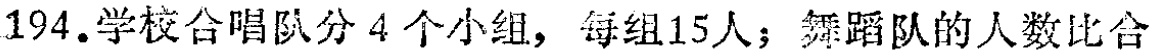
194.学校合唱队分4个小组，每组15人；舞蹈队的人数比合